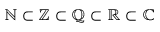
\mathbb { N } \subset \mathbb { Z } \subset \mathbb { Q } \subset \mathbb { R } \subset \mathbb { C }